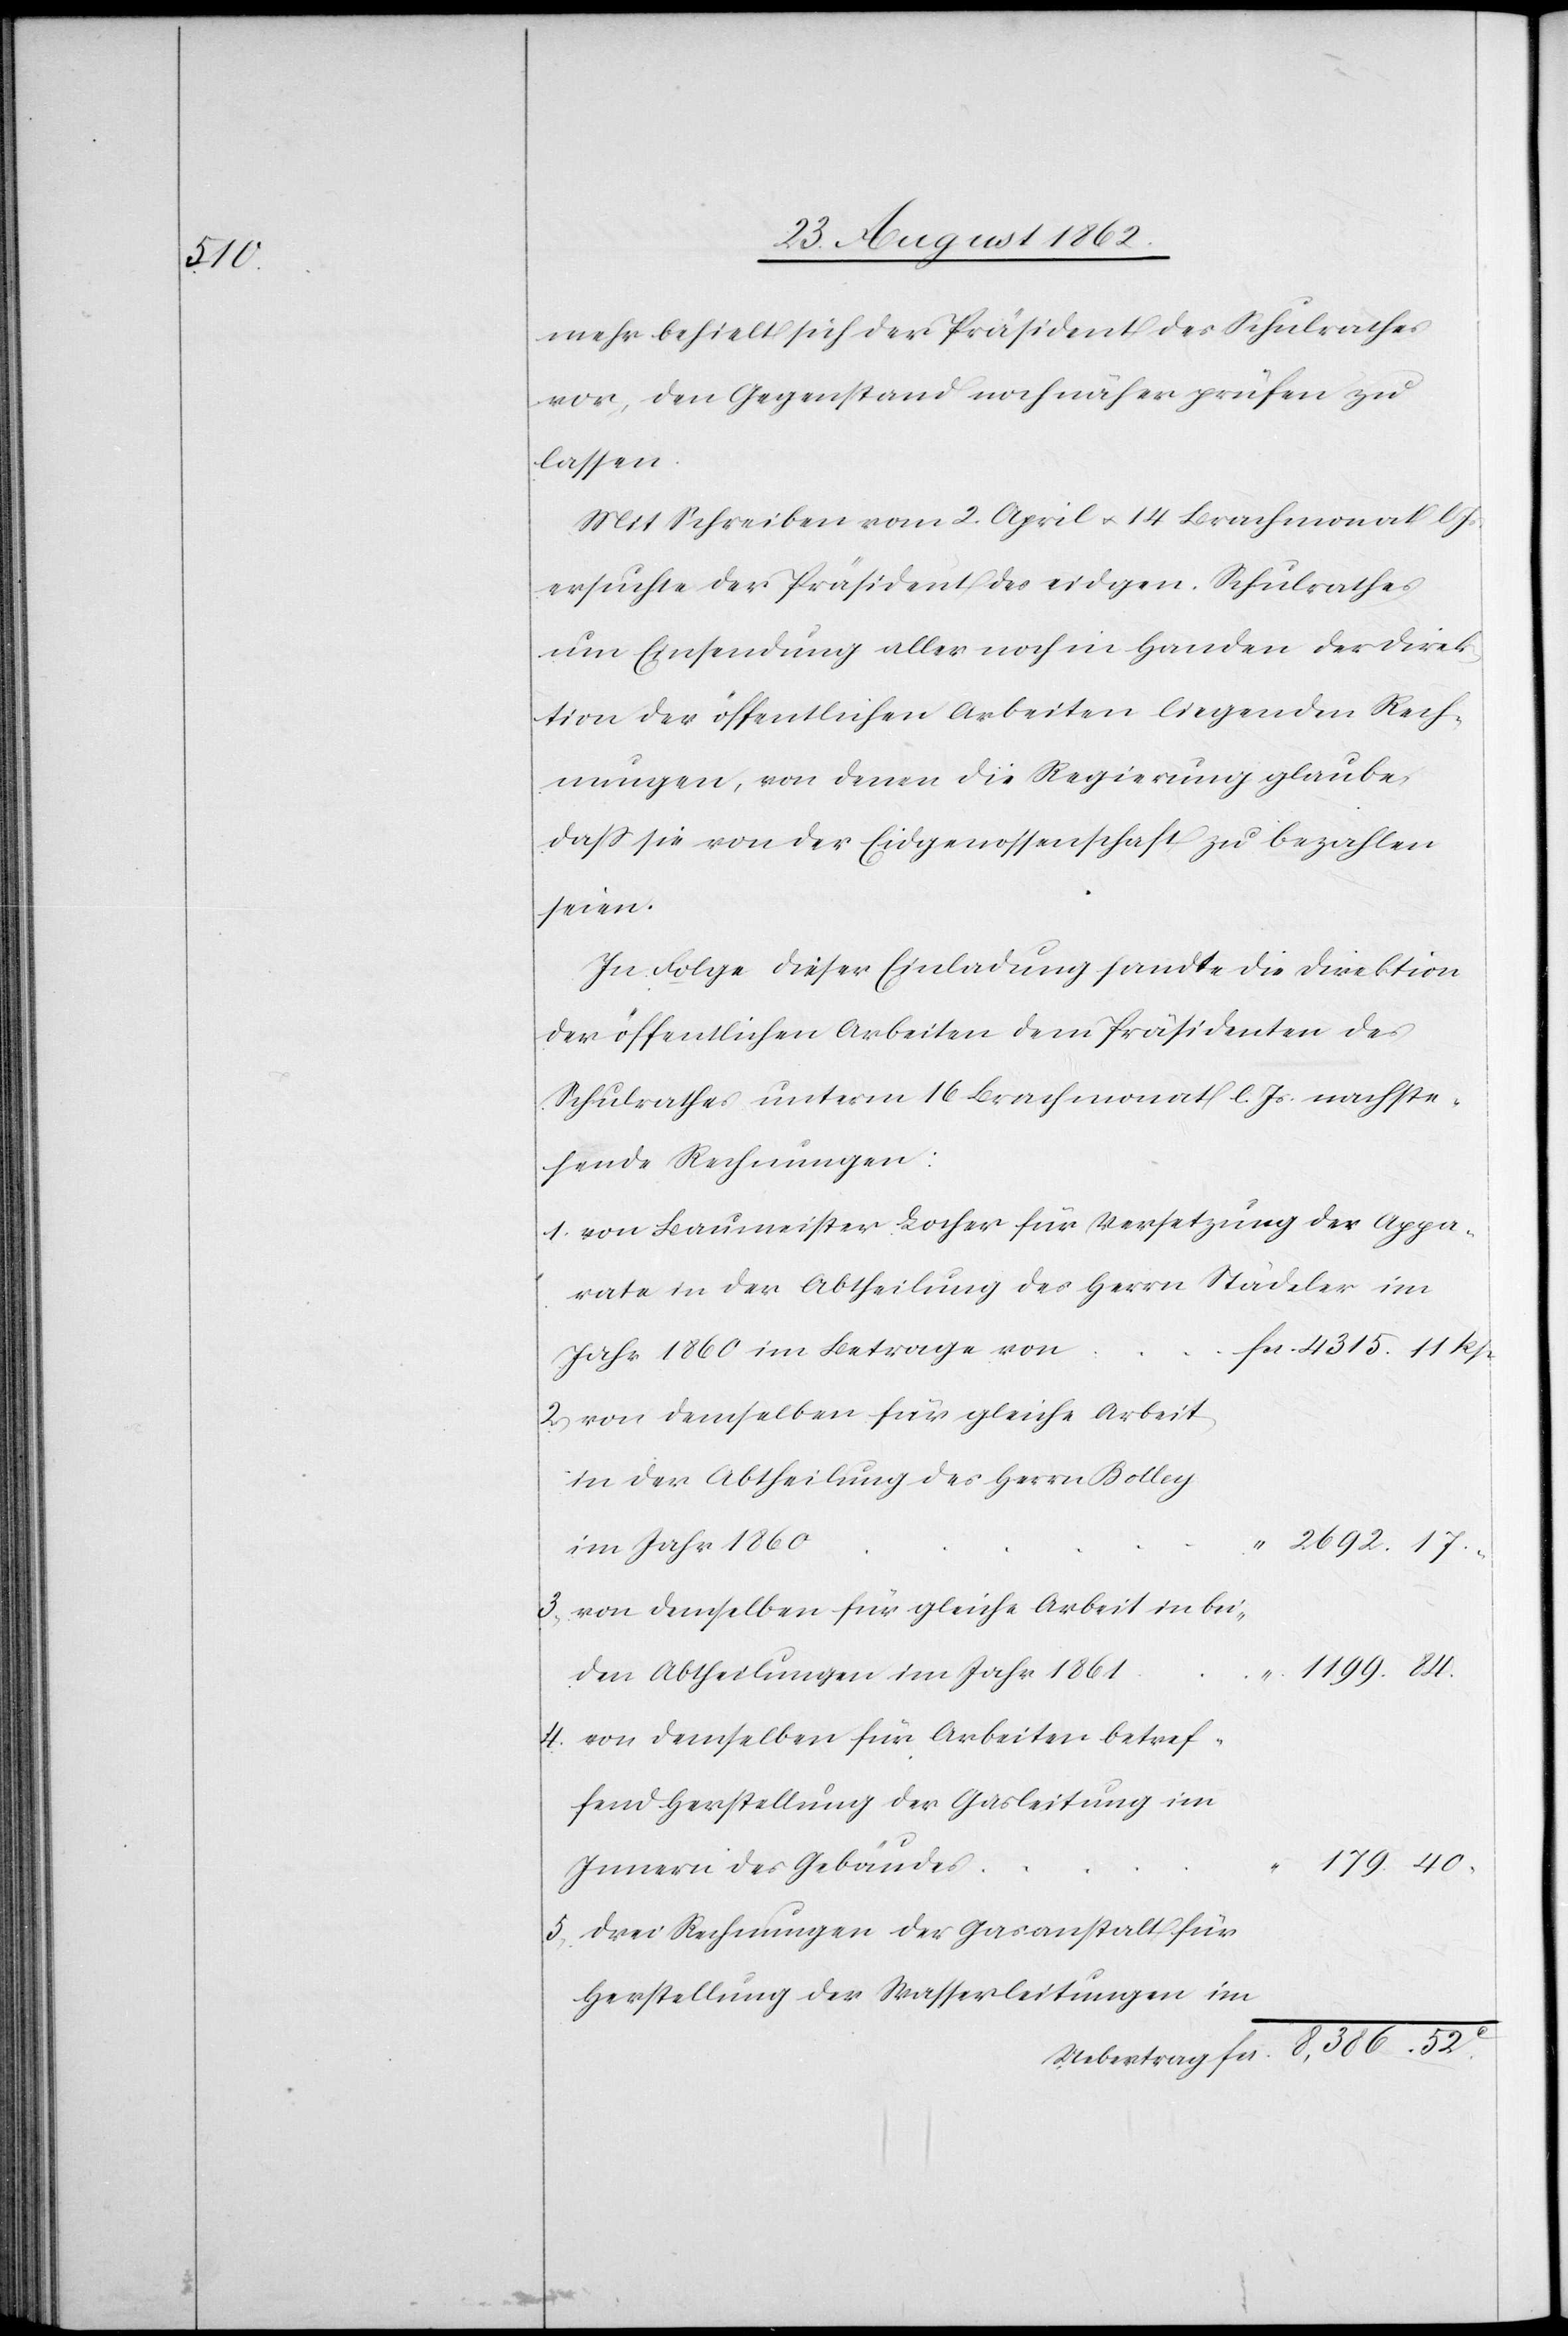
84.

mehr behielt sich der Präsident des Schulrathes
vor, den Gegenstand noch näher prüfen zu
lassen.
Mit Schreiben vom 2. April u. 14. Brachmonat l.
ersuchte der Präsident des eidgen. Schulrathes
um Einsendung aller noch in Handen der Direk¬
tion der öffentlichen Arbeiten liegenden Rech¬
nungen, von denen die Regierung glaube,
daß sie von der Eidgenossenschaft zu bezahlen
seien.
In Folge dieser Einladung sandte die Direktion
der öffentlichen Arbeiten dem Präsidenten des
Schulrathes unterm 16. Brachmonat l. Js. nachste¬
hende Rechnungen:
1. von Baumeister Locher für Versetzung der Appa¬
rate in der Abtheilung des Herrn Städeler im
Jahr 1860 im Betrage von
2. von demselben für gleiche Arbeit,
in der Abtheilung des Herrn Bolley
im Jahr 1860
3. von demselben für gleiche Arbeit in bei¬
den Abtheilungen im Jahr 1861
4. von demselben für Arbeiten betref¬
fend Herstellung der Gasleitung im
Innern des Gebäudes
5. drei Rechnungen der Gasanstalt für
Herstellung der Wasserleitungen im